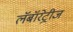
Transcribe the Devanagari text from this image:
लॅबॉरेट्रीज